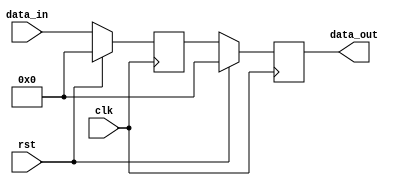
module sync_reset (
    input wire clk,           // Clock input
    input wire rst,           // Synchronous reset input (active high)
    input wire [N-1:0] data_in, // Input data (example width N)
    output reg [N-1:0] data_out // Output data (example width N)
);
    parameter N = 8; // Parameter defining the width of data

    // State initialization
    reg [N-1:0] internal_state;

    // Always block for synchronous reset and normal operation
    always @(posedge clk) begin
        if (rst) begin
            // Synchronous reset: initialize internal state to zero or a specific value
            internal_state <= 0; // Reset to zero
            data_out <= 0; // Reset output to zero
        end else begin
            // Normal operation (example logic)
            internal_state <= data_in; // Example operation: update state with input
            data_out <= internal_state; // Output the current internal state
        end
    end
endmodule